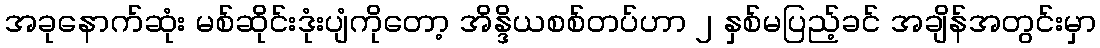
အခုနောက်ဆုံး မစ်ဆိုင်းဒုံးပျံကိုတော့ အိန္ဒိယစစ်တပ်ဟာ ၂ နှစ်မပြည့်ခင် အချိန်အတွင်းမှာ